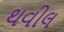
થવીલ